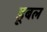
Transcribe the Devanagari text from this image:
डूबल